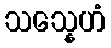
သသ္နေဟံ